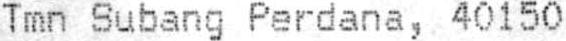
TMN SUBANG PERDANA, 40150